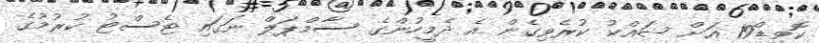
ކޮވިޑް19 އަށް ޝައްކު ކުރެވިގެން އެ ދެމީހުންގެ ސާމްޕަލް ނަގައި ޓެސްޓު ކުރުމުގެ